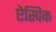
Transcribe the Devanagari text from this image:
ऐस्पिक